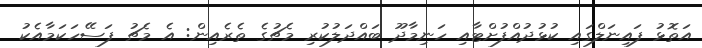
އަތޮޅު ފައިނަލްގައި ކުޅުދުއްފުށްޓާއި ހަނިމާދޫ ބައްދަލުކުރި މެޗުގެ ތެރެއިން: އެ މެޗު ފަސޭހަކަަމާއެކު